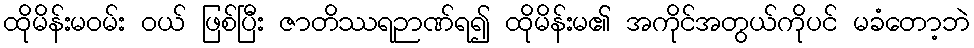
ထိုမိန်းမဝမ်း ဝယ် ဖြစ်ပြီး ဇာတိဿရဉာဏ်ရ၍ ထိုမိန်းမ၏ အကိုင်အတွယ်ကိုပင် မခံတော့ဘဲ